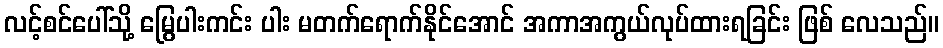
လင့်စင်ပေါ်သို့ မြွေပါးကင်း ပါး မတက်ရောက်နိုင်အောင် အကာအကွယ်လုပ်ထားရခြင်း ဖြစ် လေသည်။